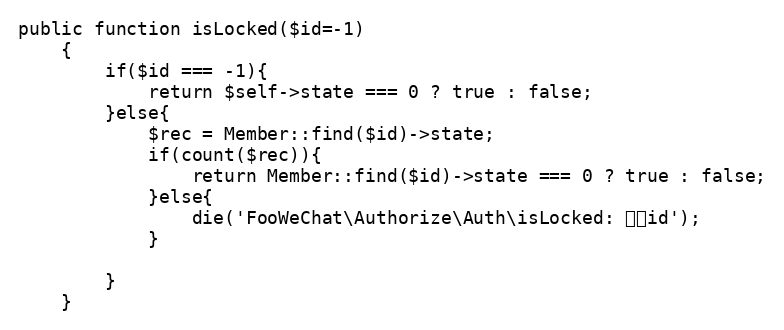
Language: PHP
public function isLocked($id=-1)
	{
		if($id === -1){
			return $self->state === 0 ? true : false;
		}else{
			$rec = Member::find($id)->state;
			if(count($rec)){
				return Member::find($id)->state === 0 ? true : false;
			}else{
				die('FooWeChat\Authorize\Auth\isLocked: 无效id');
			}

		}
	}